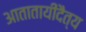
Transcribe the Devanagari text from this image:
आतातायीदैत्य